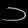
Digit: ၁